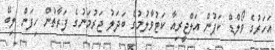
އަހަރުގެ ވޯލްޑް ކަޕުން އަލްޖީރިއާ ކަޓުވާލުމުގެ ބަދަލު ޖަރުމަނުގެ ފަރާތުން ހިފަން ލިބޭ